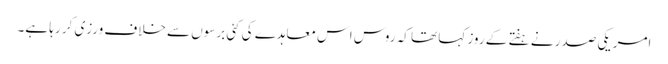
امریکی صدر نے ہفتے کے روز کہا تھا کہ روس اس معاہدے کی کئی برسوں سے خلاف ورزی کر رہا ہے۔